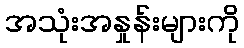
အသုံးအနှုန်းများကို